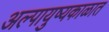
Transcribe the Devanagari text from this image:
अल्पायुष्यकाळात